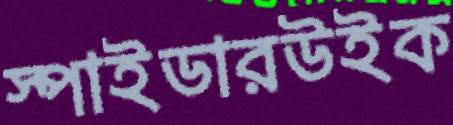
স্পাইডারউইক